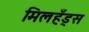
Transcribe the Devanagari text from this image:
मिलहँड्‌स